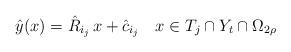
\begin{align*} \hat{y}(x) = \hat{R}_{i_j}\, x + \hat{c}_{i_j} \ \ \ x \in T_j \cap Y_t \cap \Omega_{2\rho} \end{align*}